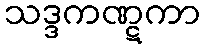
သဒ္ဒကဏ္ဋကာ